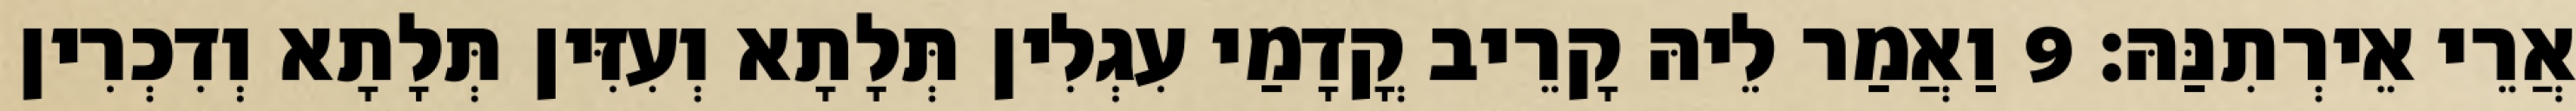
אֲרֵי אֵירְתִנַּהּ׃ 9 וַאֲמַר לֵיהּ קָרֵיב קֳדָמַי עִגְלִין תְּלָתָא וְעִזִּין תְּלָתָא וְדִכְרִין